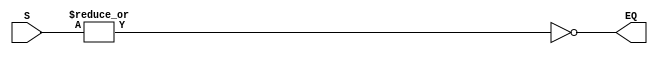
/* 
Mdulo responsvel por verificar a igualdade entre duas entradas,
dada o resultado da subtrao (S) entre as duas
*/
module ComparatorEQ (
  input wire [31:0] S, // Subtrao de A por B
  output wire EQ // Sada resultado
);
  
  assign EQ = ~(|S); // NOR de 32 entradas, realizada com cada um dos bits
// Caso um nico bit seja 1, a sada j ser 0.

endmodule